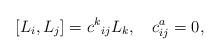
LaTeX: \begin{align*}[L_{i}, L_{j}]=c^{k}{}_{ij} L_{k}, \quad c^{a}_{ij}=0,\end{align*}